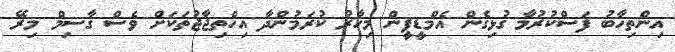
އިންތިހާބު ފަސްކުރުމާ ގުޅިގެން އެމްޑީޕީން މިހާރު ކުރަމުންދާ އިހްތިޖާޖުތަކަށް ވެސް ގާސިމް މިރޭ